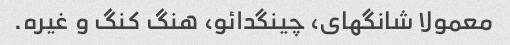
معمولا شانگهای، چینگدائو، هنگ کنگ و غیره.